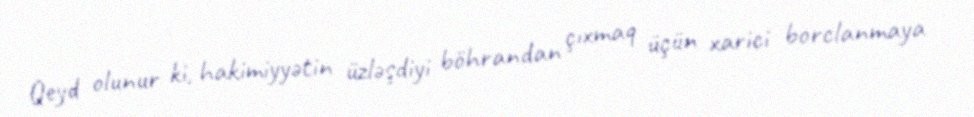
Qeyd olunur ki, hakimiyyətin üzləşdiyi böhrandan çıxmaq üçün xarici borclanmaya